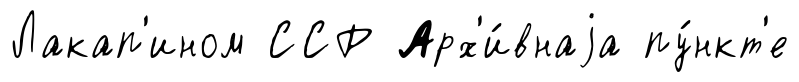
Лакап'ином ССР Арх'и́внаjа пу́нкт'е